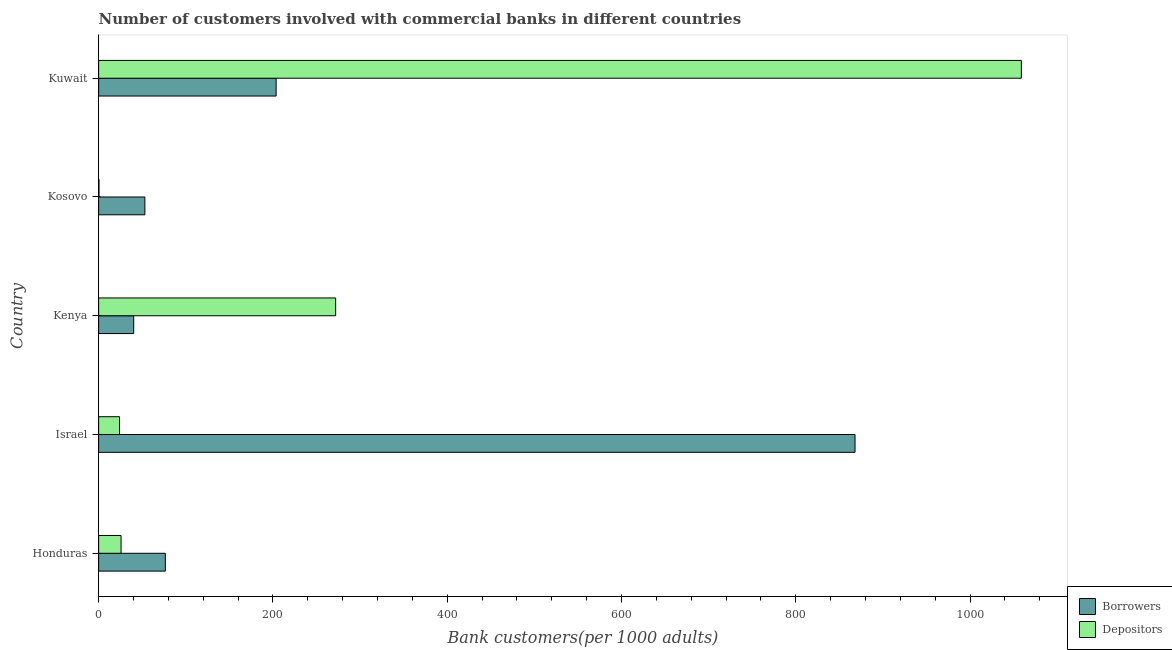
| Country | Borrowers | Depositors |
 | --- | --- | --- |
 | Honduras | 76.6 | 25.7 |
 | Israel | 868 | 24 |
 | Kenya | 40.3 | 272 |
 | Kosovo | 53.1 | 0.397 |
 | Kuwait | 204 | 1.06e+03 |